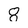
Character: 8